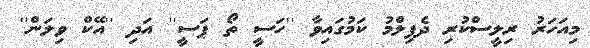
މިއަހަރު ރިލީސްކުރި ދެފިލްމު ކަމުގައިވާ ''ހަސީ ތޯ ޕަސީ'' އަދި ''އޭކް ވިލަން''